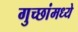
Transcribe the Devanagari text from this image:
गुच्छांमध्ये